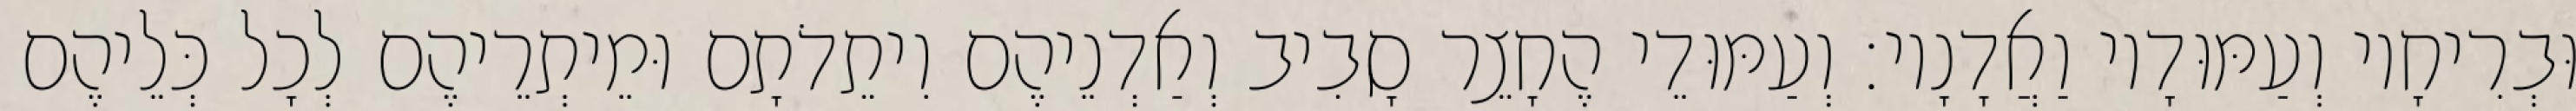
וּבְרִיחָיו וְעַמּוּדָיו וַאֲדָנָיו׃ וְעַמּוּדֵי הֶחָצֵר סָבִיב וְאַדְנֵיהֶם וִיתֵדֹתָם וּמֵיתְרֵיהֶם לְכָל כְּלֵיהֶם